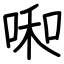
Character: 啝